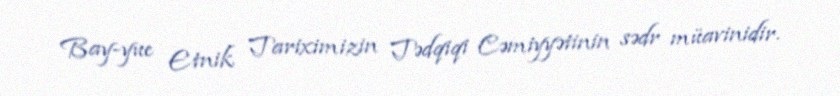
Bay-yue Etnik Tariximizin Tədqiqi Cəmiyyətinin sədr müavinidir.